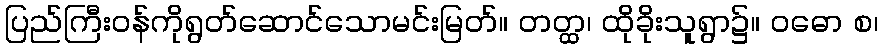
ပြည်ကြီးဝန်ကိုရွတ်ဆောင်သောမင်းမြတ်။ တတ္ထ၊ ထိုခိုးသူရွာ၌။ ဝဓော စ၊